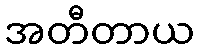
အတီတာယ